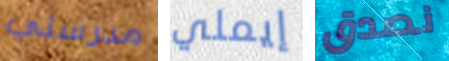
مدرستي إيملي نصدق